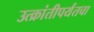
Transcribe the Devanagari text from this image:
उत्क्रांतीपर्यंतचा